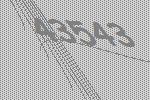
43543